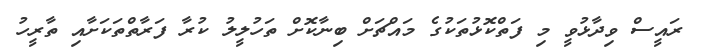
ރައީސް ވިދާޅުވީ މި ފަތްކޮޅުތަކުގެ މައްޗަށް ބިނާކޮށް ތަހުލީލު ކުރާ ފަރާތްތަކަށާއި ތާރީހު